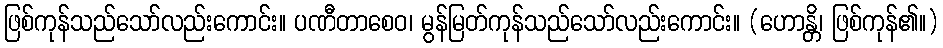
ဖြစ်ကုန်သည်သော်လည်းကောင်း။ ပဏီတာစေဝ၊ မွန်မြတ်ကုန်သည်သော်လည်းကောင်း။ (ဟောန္တိ၊ ဖြစ်ကုန်၏။)